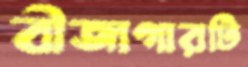
বীজাগারটি